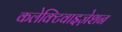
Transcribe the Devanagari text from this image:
कलेक्टिवाइज़ेशन